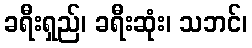
ခရီးရှည်၊ ခရီးဆုံး၊ သဘင်၊